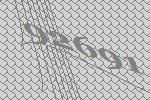
92691